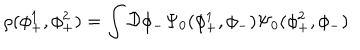
LaTeX: \rho ( \phi _ { + } ^ { 1 } , \phi _ { + } ^ { 2 } ) = \int { \cal D } \phi _ { - } \Psi _ { 0 } ( \phi _ { + } ^ { 1 } , \phi _ { - } ) \Psi _ { 0 } ( \phi _ { + } ^ { 2 } , \phi _ { - } )